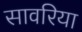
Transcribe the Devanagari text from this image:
सावरिया